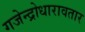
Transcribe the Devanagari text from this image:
गजेन्द्रोधारावतार